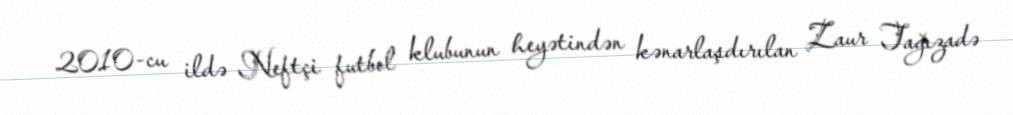
2010-cu ildə Neftçi futbol klubunun heyətindən kənarlaşdırılan Zaur Tağızadə